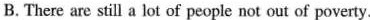
B.There are still a lot of people not ous of poverty.